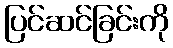
ပြင်ဆင်ခြင်းကို